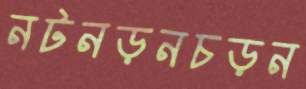
নটনড়নচড়ন